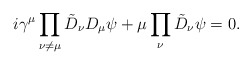
\begin{align*}i\gamma^\mu\prod_{\nu\ne\mu}\tilde D_\nu D_\mu\psi+\mu\prod_\nu\tilde D_\nu \psi=0.\end{align*}